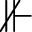
\nVdash